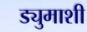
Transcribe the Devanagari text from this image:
ड्युमाशी